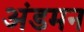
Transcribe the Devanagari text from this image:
अंडमन